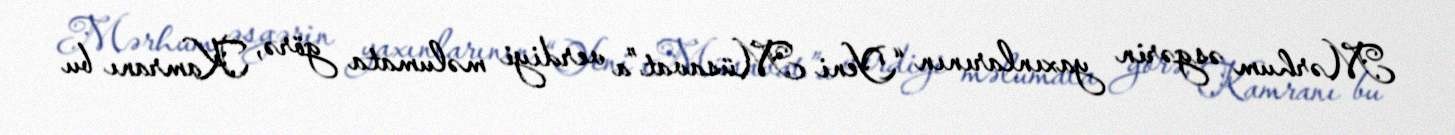
Mərhum əsgərin yaxınlarının “Yeni Müsavat”a verdiyi məlumata görə, Kamranı bu